Senior Leaving Certificate Examination (including Day School Certificate (Higher) General paper), 1950
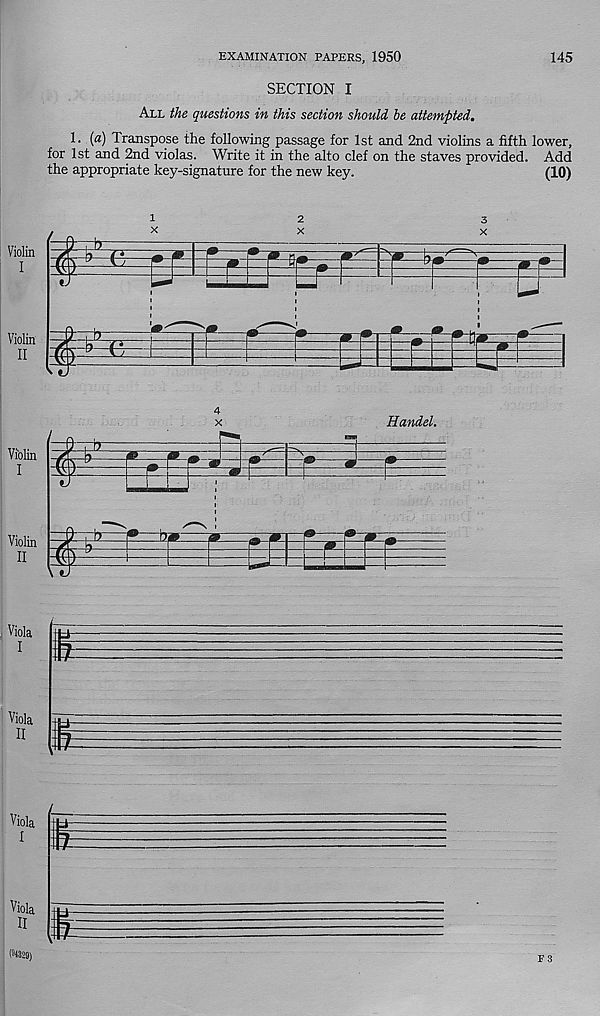
145
EXAMINATION PAPERS, 1950
SECTION I
All the questions in this section should be attempted.
!• { a ) Transpose the following passage for 1st and 2nd violins a fifth lower,
for 1st and 2nd violas. Write it in the alto clef on the staves provided. Add
the appropriate key-signature for the new key.
(10)
Violin
I
Violin
II
i
I—
1
Handel.
Violin
I
Violin
top
m
II
Viola
I
Viola
II
Viola
I
Viola
II
(94329)
F 3